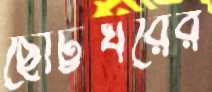
ছোট্টঘরের